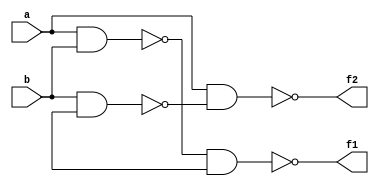
module NAND(f1,f2,a,b);
input a,b;
output f1,f2;
wire m1, m2;
nand U1(m1,a,b);
nand U2(f1,m1, c);
nand U3(m2,b,c);
nand U4 (f2,a,m2); 
endmodule